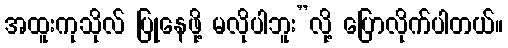
အထူးကုသိုလ် ပြုနေဖို့ မလိုပါဘူး”လို့ ပြောလိုက်ပါတယ်။